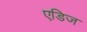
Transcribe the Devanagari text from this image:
एडिज